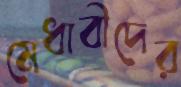
মেধাবীদের